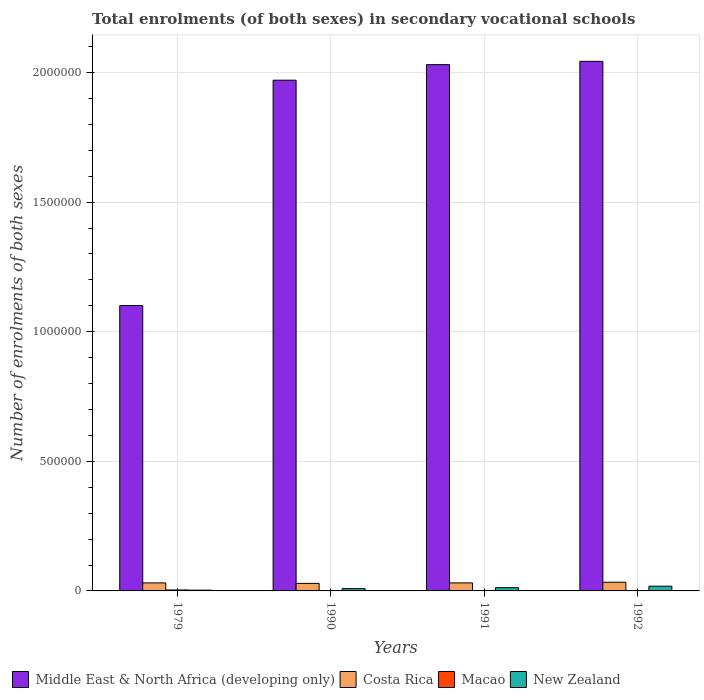
| Years | Middle East & North Africa (developing only) | Costa Rica | Macao | New Zealand |
 | --- | --- | --- | --- | --- |
 | 1979 | 1.1e+06 | 3.09e+04 | 3.7e+03 | 2.98e+03 |
 | 1990 | 1.97e+06 | 2.91e+04 | 697 | 8.9e+03 |
 | 1991 | 2.03e+06 | 3.1e+04 | 725 | 1.25e+04 |
 | 1992 | 2.04e+06 | 3.35e+04 | 754 | 1.82e+04 |